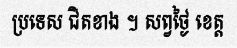
ប្រទេស ជិតខាង ។ សព្វថ្ងៃ ខេត្ត